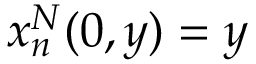
x _ { n } ^ { N } ( 0 , y ) = y